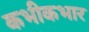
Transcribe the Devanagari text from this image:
कभीकभार